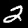
Digit: 2